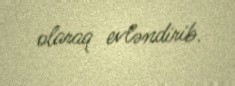
olaraq evləndirib.